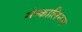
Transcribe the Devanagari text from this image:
मेन्कालिनन